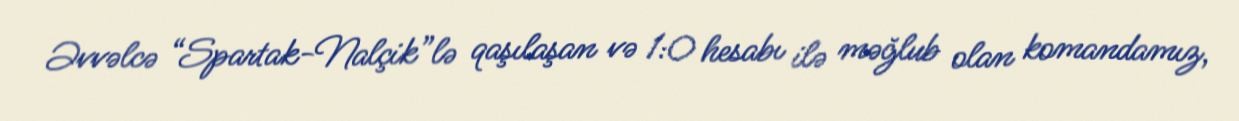
Əvvəlcə “Spartak-Nalçik”lə qaşılaşan və 1:0 hesabı ilə məğlub olan komandamız,